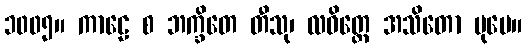
၁၀၀၅။ ကာဠေ စ ဘက္ခိတေ တီသု၊ လဝိတ္တေ အသိတော ပုမေ။